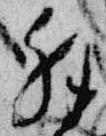
拝